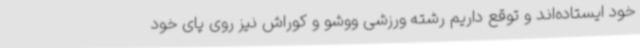
خود ایستاده‌اند و توقع داریم رشته ورزشی ووشو و کوراش نیز روی پای خود